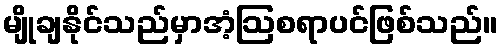
မျိုချနိုင်သည်မှာအံ့ဩစရာပင်ဖြစ်သည်။